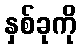
နှစ်ခုကို